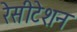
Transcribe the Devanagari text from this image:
रेसीटेशन